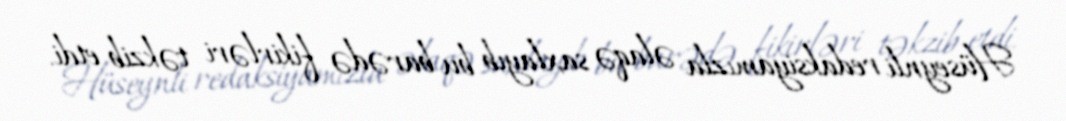
Hüseynli redaksiyamızla əlaqə saxlayıb bu barədə fikirləri təkzib etdi.